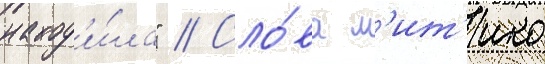
наход'и́ла" // Сло́ва м'ит'ико